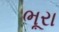
ભૂરા